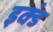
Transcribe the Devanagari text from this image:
इक्डं